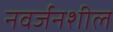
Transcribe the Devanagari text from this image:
नवर्जनशील